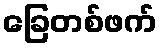
ခြေတစ်ဖက်